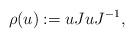
LaTeX: \begin{align*}\rho(u):=uJuJ^{-1},\end{align*}